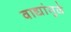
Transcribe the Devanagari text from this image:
वाद्यांमुळे